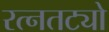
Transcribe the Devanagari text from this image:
रत्नतट्यो